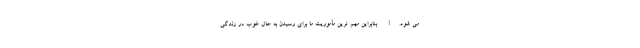
می شود.| بنابراین مهم ترین مأموریت ما برای رسیدن به حال خوب در زندگی